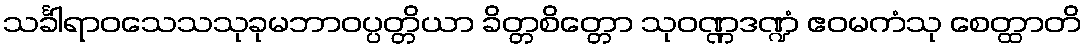
သင်္ခါရာဝသေသသုခုမဘာဝပ္ပတ္တိယာ ခိတ္တစိတ္တော သုဝဏ္ဏဒဏ္ဍံ ဧဝမကံသု စေတ္ထာတိ